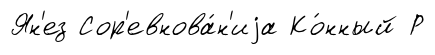
Ян'ез Сор'евнова́н'иjа Ко́нный Р